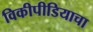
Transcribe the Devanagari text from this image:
विकीपीडियाचा